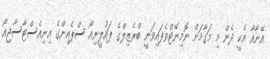
އޭނާއާ އެކީ ދެން މި މަގާމަށް ނޮމިނޭޓްވެފައިވަނީ ބްރެޒިލްގެ ޕައުލީނިއޯ ސްޕެއިންގެ އިނިއެސްޓާސާޖިއޯ